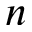
n